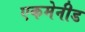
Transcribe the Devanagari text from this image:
एकमेनीड